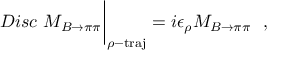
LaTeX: D i s c ~ { \cal { M } } _ { B \to \pi \pi } \bigg | _ { \rho - \mathrm { t r a j } } = i \epsilon _ { \rho } { \cal { M } } _ { B \to \pi \pi } \ \ ,